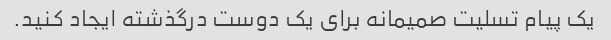
یک پیام تسلیت صمیمانه برای یک دوست درگذشته ایجاد کنید.